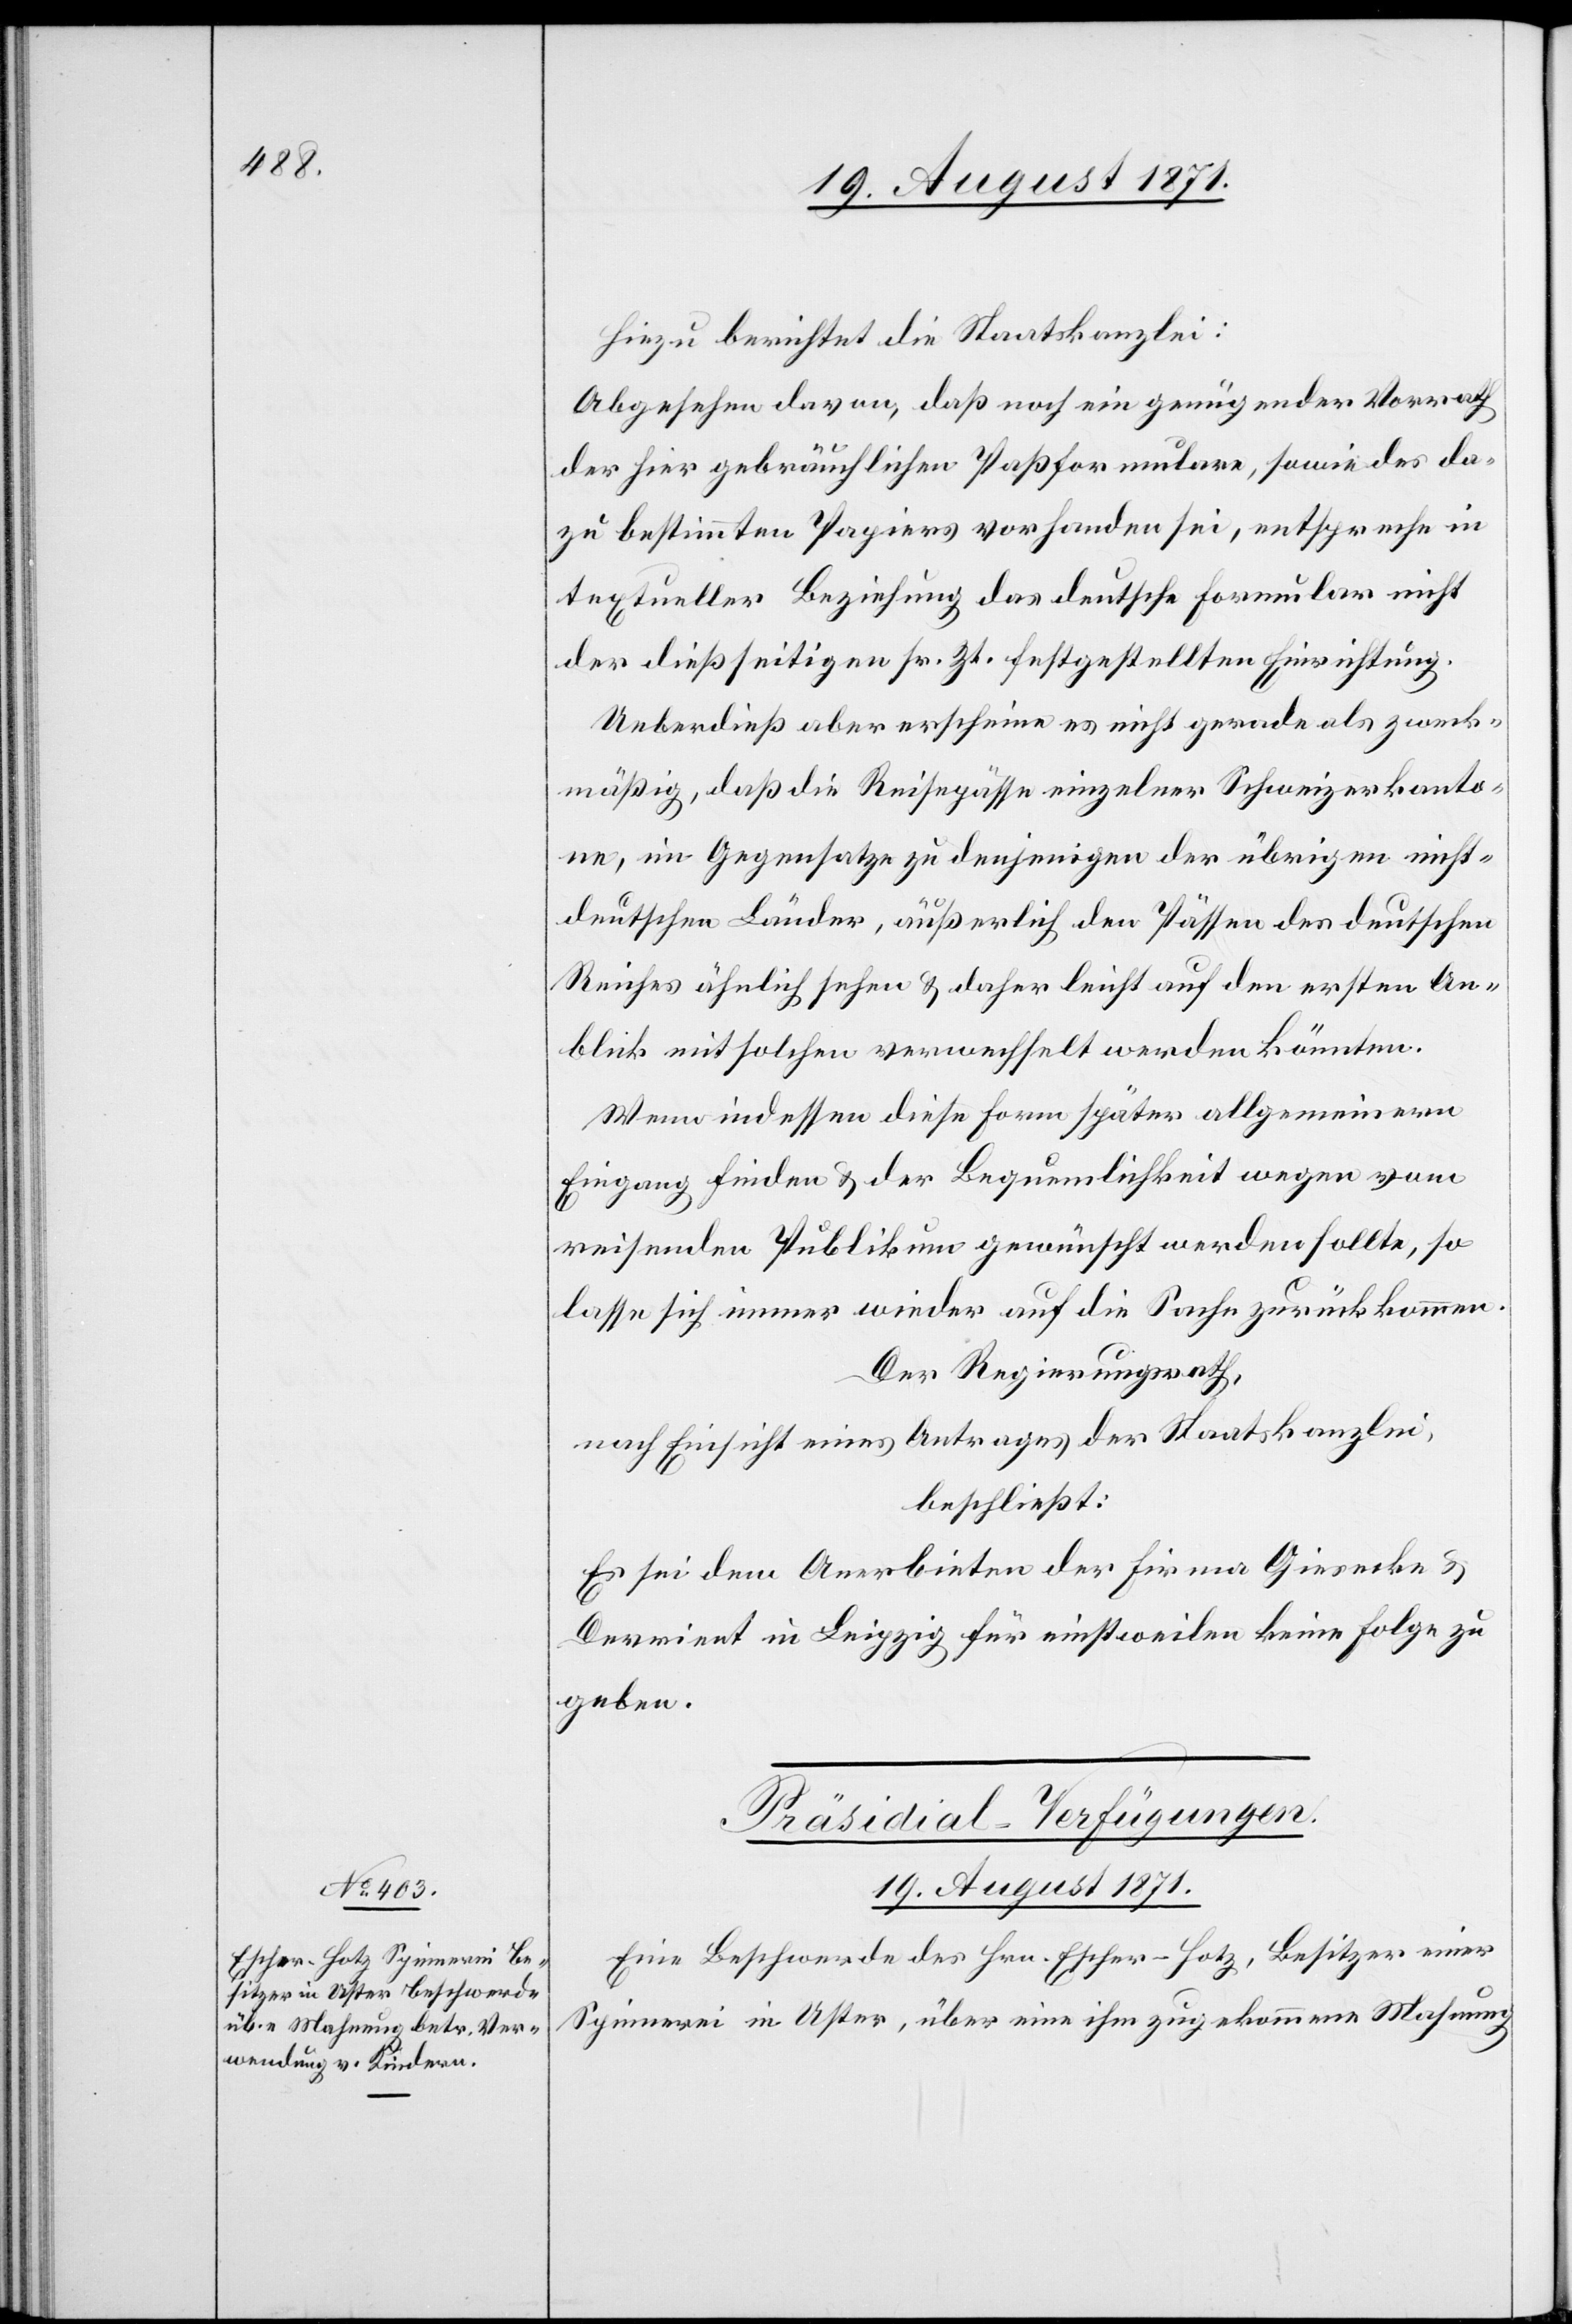
Hiezu berichtet die Staatskanzlei:
Abgesehen davon, daß noch ein genügender Vorrath
der hier gebräuchlichen Paßformulare, sowie des da¬
zu bestimmten Papiers vorhanden sei, entspreche in
textueller Beziehung das deutsche Formular nicht
der diesseitigen sr. Zt. festgestellten Einrichtung.
Ueberdieß aber erscheine es nicht gerade als zweck¬
mäßig, daß die Reichspässe einzelner Schweizerkanto¬
nen, im Gegensatze zu denjenigen der übrigen nicht¬
deutschen Länder, äußerlich den Pässen des deutschen
Reiches ähnlich sehen & daher leicht auf den ersten An¬
blick mit solchen verwechselt werden könnten.
Wenn indessen diese Form später allgemeineren
Eingang finden & der Bequemlichkeit wegen vom
reisenden Publikum gewünscht werden sollte, so
lasse sich immer wieder auf die Sache zurückkommen.
Der Regierungsrath,
nach Einsicht eines Antrages der Staatskanzlei,
beschließt:
Es sei dem Anerbieten der Firma Giesecke &
Devrient in Leipzig für einstweilen keine Folge zu
geben.
Präsidial-Verfügungen.
19. August 1871
Eine Beschwerde des Hrn. Escher-Hotz, Besitzer einer
Spinnerei in Olten, über eine ihm zugekommene Mahnung